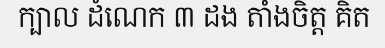
ក្បាល ដំណេក ៣ ដង តាំងចិត្ត គិត